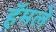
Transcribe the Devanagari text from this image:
हॅमले